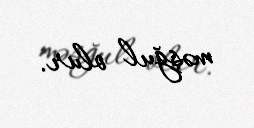
məşğul olur.